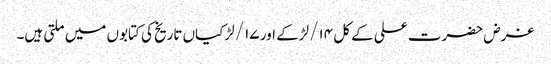
غرض حضرت علی کے کل ۱۴/ لڑکے اور ۱۷/ لڑکیاں تاریخ کی کتابوں میں ملتی ہیں۔